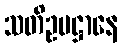
သတိဥပဋ္ဌာနေ